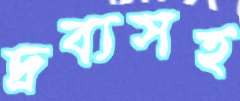
দ্রব্যসহ